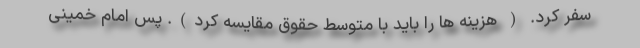
سفر کرد. ( هزینه ها را باید با متوسط حقوق مقایسه کرد). پس امام خمینی